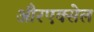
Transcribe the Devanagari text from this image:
औरएक्सेल